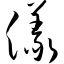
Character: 仪